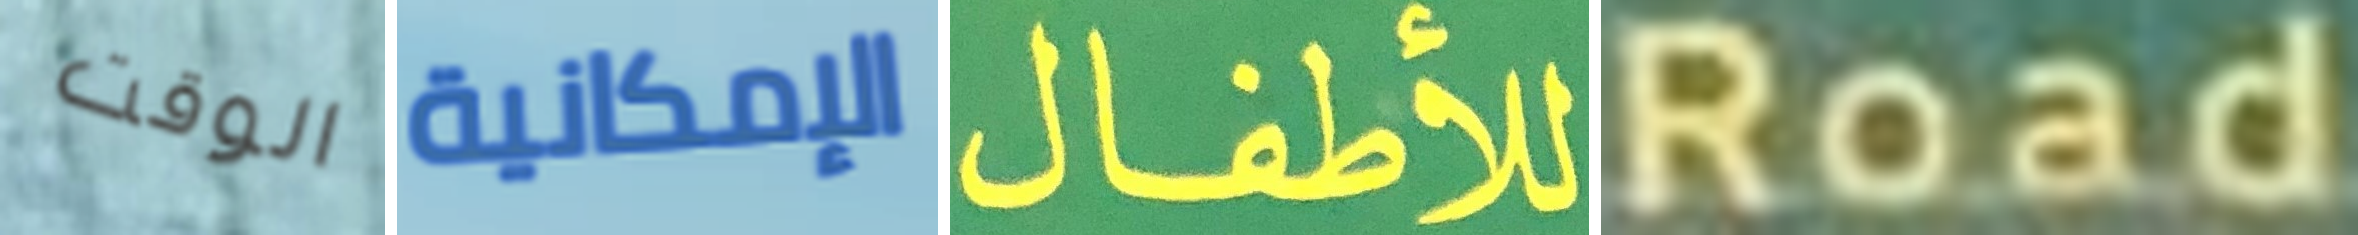
الوقت الإمكانية للأطفال Road